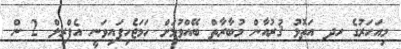
މިއަހަރުގެ ހދ އަތޮޅު ޤުރުއާން މުބާރާތް ބޭއްވުމަށް ހަމަޖެހިފައިވަނީ އެޕްރިލް 2 ން